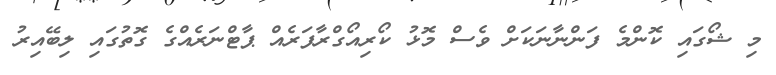
މި ޝޯގައި ކޮންމެ ފަންނާނަކަށް ވެސް މޮޅު ކޯރިއޯގްރާފަރެއް ޕާޓްނަރެއްގެ ގޮތުގައި ލިބޭއިރު